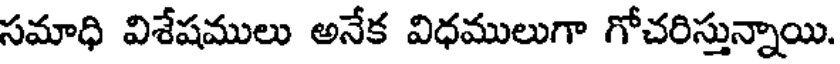
సమాధి విశేషములు అనేక విధములుగా గోచరిస్తున్నాయి.